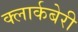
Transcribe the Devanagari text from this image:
क्लार्कबेरी